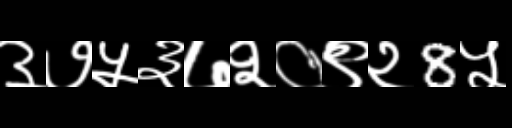
Text: ३७५३७२०९२8५